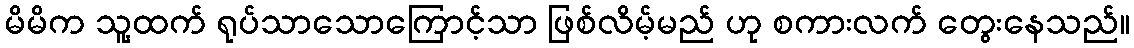
မိမိက သူ့ထက် ရုပ်သာသောကြောင့်သာ ဖြစ်လိမ့်မည် ဟု စကားလက် တွေးနေသည်။